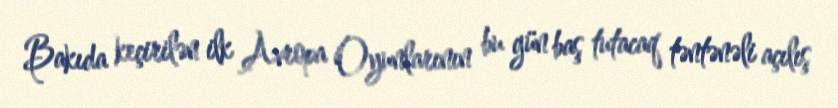
Bakıda keçirilən ilk Avropa Oyunlarının bu gün baş tutacaq təntənəli açılış